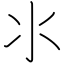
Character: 氺